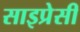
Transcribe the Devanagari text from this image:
साइप्रेसी